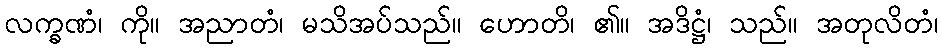
လက္ခဏံ၊ ကို။ အညာတံ၊ မသိအပ်သည်။ ဟောတိ၊ ၏။ အဒိဋ္ဌံ၊ သည်။ အတုလိတံ၊